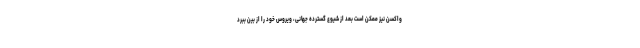
واکسن نیز ممکن است بعد از شیوع گسترده جهانی، ویروس خود را از بین ببرد